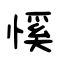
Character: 慀